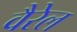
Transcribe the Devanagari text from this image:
वैरेल